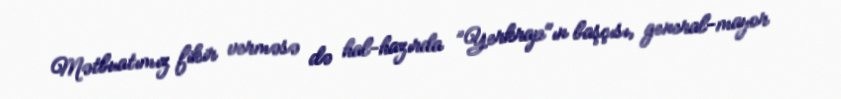
Mətbuatımız fikir verməsə də hal-hazırda ”Yerkrap"ın başçısı, general-mayor